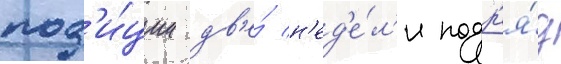
поз'и́ции дв'е́ н'ед'е́л'и подр'я́д